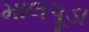
માલપૂડા